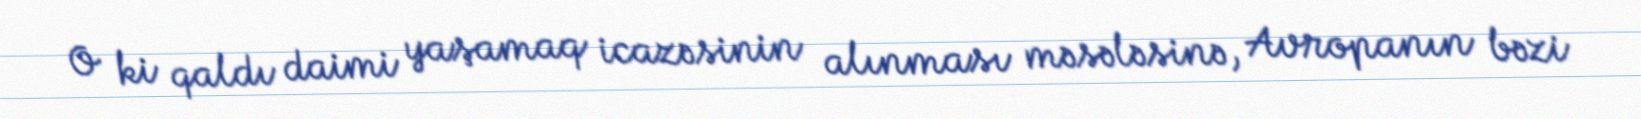
O ki qaldı daimi yaşamaq icazəsinin alınması məsələsinə, Avropanın bəzi